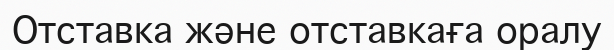
Отставка және отставкаға оралу